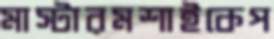
মাস্টারমশাইকেপ